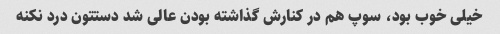
خیلی خوب بود، سوپ هم در کنارش گذاشته بودن عالی شد دستتون درد نکنه